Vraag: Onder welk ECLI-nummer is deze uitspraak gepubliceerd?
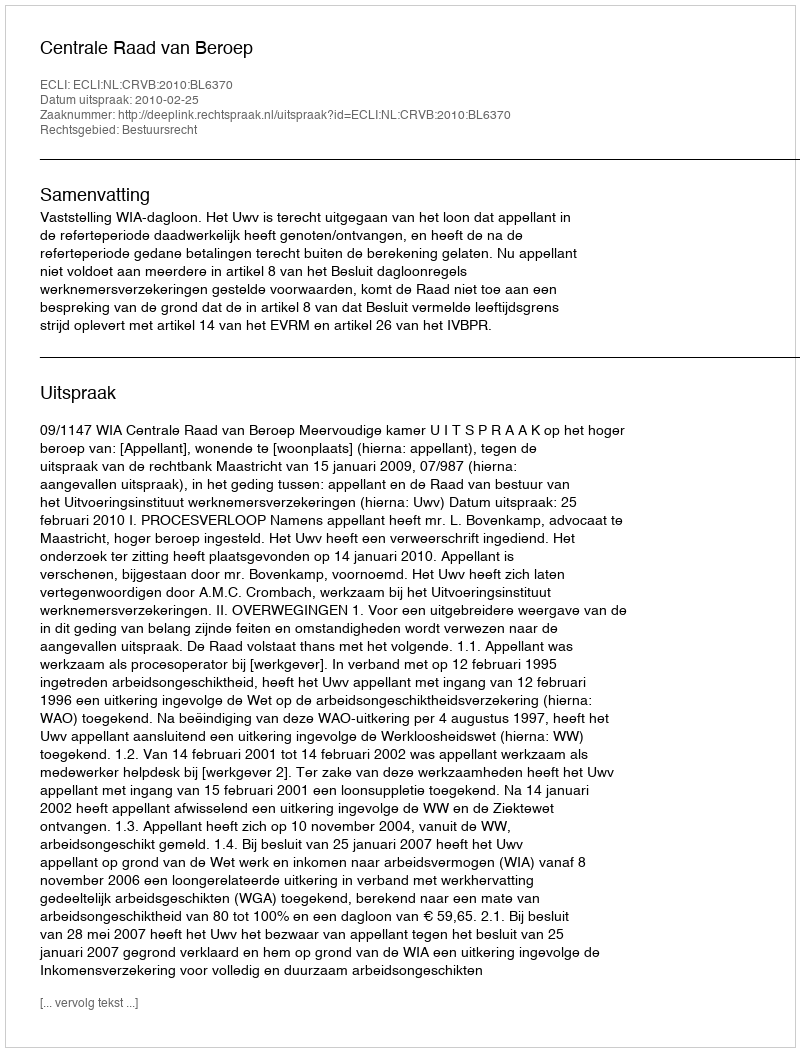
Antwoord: ECLI:NL:CRVB:2010:BL6370